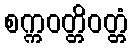
စက္ကဝတ္တိဝတ္တံ